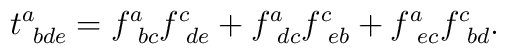
t_{\ bde}^a=f_{\ bc}^af_{\ de}^c+f_{\ dc}^af_{\ eb}^c+f_{\ ec}^af_{\ bd}^c.